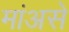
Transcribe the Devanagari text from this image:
मांअसे